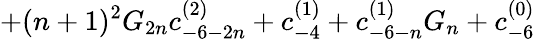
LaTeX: +(n+1)^{2}G_{2n}c_{-6-2n}^{(2)}+c_{-4}^{(1)}+c_{-6-n}^{(1)}G_{n}+c_{-6}^{(0)}